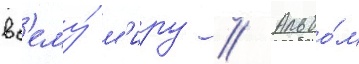
вс'ему́ м'иру // Альбо́м